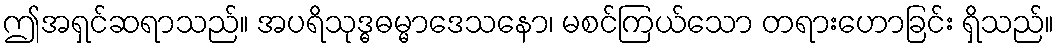
ဤအရှင်ဆရာသည်။ အပရိသုဒ္ဓဓမ္မာဒေသနော၊ မစင်ကြယ်သော တရားဟောခြင်း ရှိသည်။